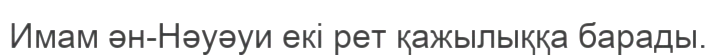
Имам ән-Нәуәуи екі рет қажылыққа барады.